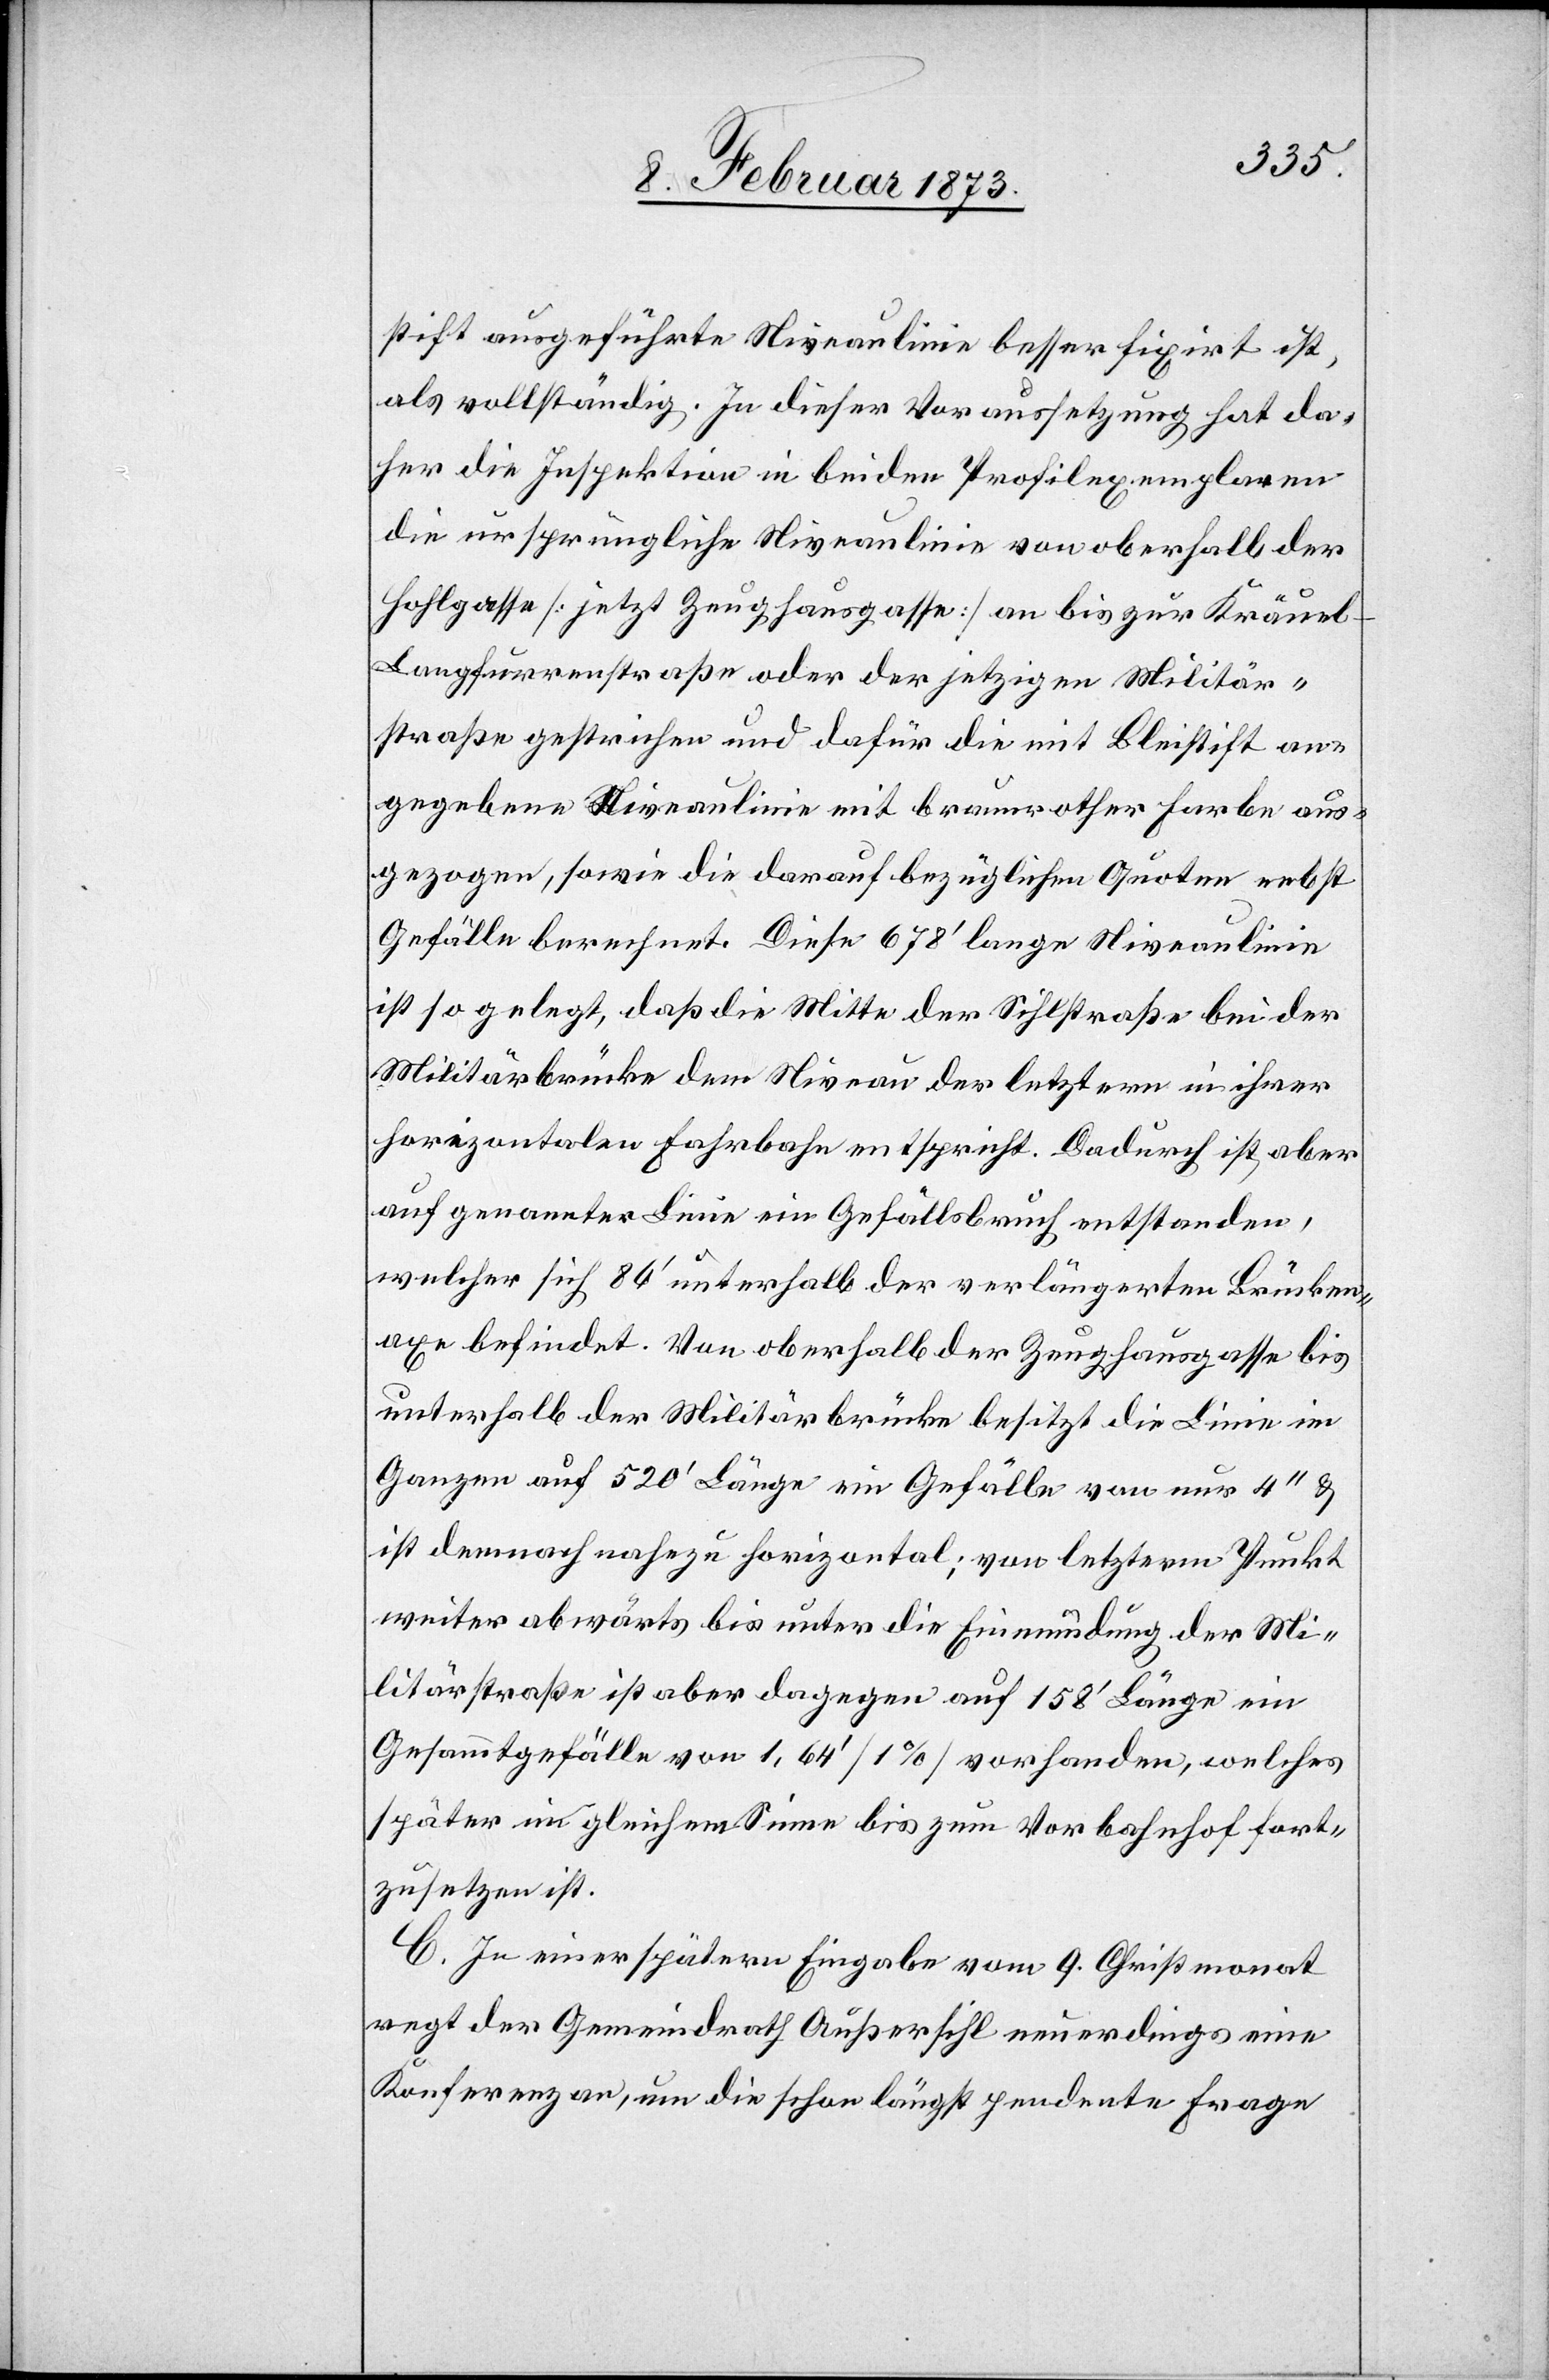
stift ausgeführte Niveaulinie besser fixirt ist,
als vollständig. In dieser Voraussetzung hat da¬
her die Inspektion in beiden Profilexemplaren
die ursprüngliche Niveaulinie von oberhalb der
Hohlgasse [jetzt Zeughausgasse] an bis zur Kräue¬
l-Langfurrenstraße oder jetzigen Militär¬
straße gestrichen und dafür die mit Bleistift an¬
gegebene Niveaulinie mit braunrother Farbe aus¬
gezogen, sowie die darauf bezüglichen Quoten nebst
Gefälle berechnet. Diese 678’ lange Niveaulinie
ist so gelegt, daß die Mitte der Sihlstraße bei der
Militärbrücke dem Niveau der letztern in ihrer
horizontalen Fahrbahn entspricht. Dadurch ist aber
auf genannter Linie ein Gefällsbruch entstanden,
welcher sich 86’ unterhalb der verlängerten Brücken¬
axe befindet. Von oberhalb der Zeughausgasse bis
unterhalb der Militärbrücke besitzt die Linie im
Ganzen auf 520’ Länge ein Gefälle von nur 4’’ u.
ist demnach nahezu horizontal; von letzterm Punkt
weiter abwärts bis unter die Einmündung der Mi¬
litärstraße ist aber dagegen auf 158’ Länge ein
Gesammtgefälle von 1,64’ [1%] vorhanden, welches
später im gleichen Sinne bis zum Vorbahnhof fort¬
zusetzen ist.
C. In einer spätern Eingabe vom 9. Christmonat
regt der Gemeindrath Außersihl neuerdings eine
Konferenz an, um die schon längst pendente Frage